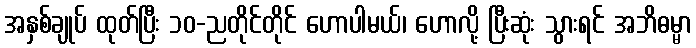
အနှစ်ချုပ် ထုတ်ပြီး ၁၀-ညတိုင်တိုင် ဟောပါမယ်၊ ဟောလို့ ပြီးဆုံး သွားရင် အဘိဓမ္မာ